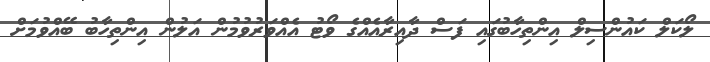
ލޯކަލް ކައުންސިލް އިންތިހާބުގައި ފަސް ދާއިރާއެއްގެ ވޯޓު އެއްވަރުވުމުން އަލުން އިންތިހާބު ބޭއްވުމަށް